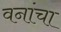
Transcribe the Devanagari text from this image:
वनांचा